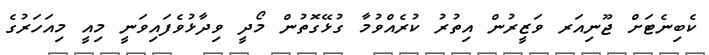
ކެބިނެޓަށް ޖޫނިއަރ ވަޒީރުން އިތުރު ކުރެއްވުމާ ގުޅޭގޮތުން މޯދީ ވިދާޅުވެފައިވަނީ މިއީ މިއަހަރުގެ